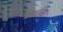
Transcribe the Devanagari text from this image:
प्रक्रतिक